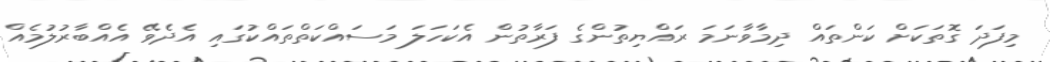
މިފަދަ ގޮތަކަށް ކަންތައް ދިމާވާނަމަ ރައްޔިތުންގެ ފަރާތުން އެކަހަލަ މަސައްކަތްތައްކުގައި އެދެވޭ އެއްބާރުލުމެއް